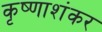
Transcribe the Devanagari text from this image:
कृष्णाशंकर